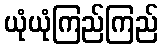
ယုံယုံကြည်ကြည်